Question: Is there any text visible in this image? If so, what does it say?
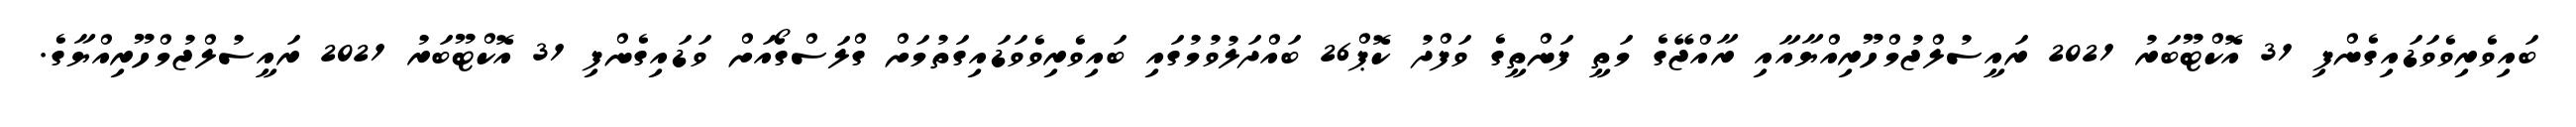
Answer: ބައިވެރިވެވަޑައިގެންފި 31 އޮކްޓޫބަރު 2021 ރައީސުލްޖުމްހޫރިއްޔާއާއި ރާއްޖޭގެ މަތީ ފަންތީގެ ވަފްދު ކޮޕް26 ބައްދަލުވުމުގައި ބައިވެރިވެވަޑައިގަތުމަށް ގްލަސްގޯއަށް ވަޑައިގެންފި 31 އޮކްޓޫބަރު 2021 ރައީސުލްޖުމްހޫރިއްޔާގެ.